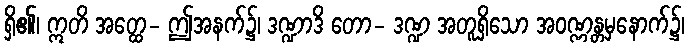
ရှိ၏၊ ဣတိ အတ္ထေ- ဤအနက်၌၊ ဒဏ္ဍာဒိ တော- ဒဏ္ဍ အတူရှိသော အဝဏ္ဏန္တမှနောက်၌၊